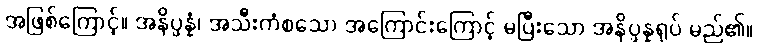
အဖြစ်ကြောင့်။ အနိပ္ဖန္နံ၊ အသီးကံစသော အကြောင်းကြောင့် မပြီးသော အနိပ္ဖန္နရုပ် မည်၏။